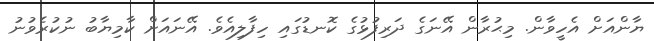
ޔާންއަށް އެހީވާން. މިޙުރާން އޭނަގެ ދަރިފުޅުގެ ކޮނޑުގައި ހިފާލިއެވެ. އޭނައަށް ކާމިޔާބު ނުކުރެވުނު